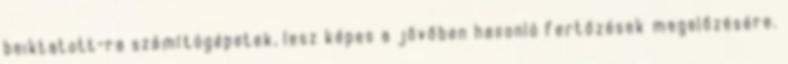
beiktatott-ra számítógépetek, lesz képes a jövőben hasonló fertőzések megelőzésére.